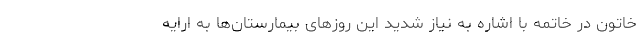
خاتون در خاتمه با اشاره به نیاز شدید این روزهای بیمارستان‌ها به ارایه